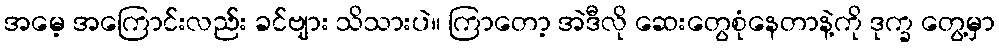
အမေ့ အကြောင်းလည်း ခင်ဗျား သိသားပဲ။ ကြာတော့ အဲဒီလို ဆေးတွေစုံနေတာနဲ့ကို ဒုက္ခ တွေ့မှာ